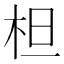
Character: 柦